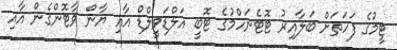
ޓީމުގެ ފަހަތަށް ބަލާއިރު ޓޮޓެނަހްމުގެ ޓޮބީ އަލްޑަވީލްޑް އާއި ޔާން ވާޓޮންގެން އާއި